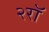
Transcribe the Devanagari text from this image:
२रॉ